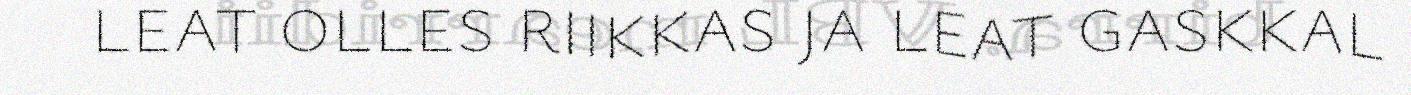
leat olles riikkas ja leat gaskkal